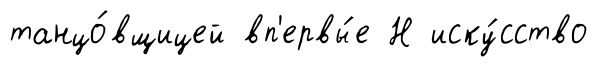
танцо́вщицей вп'ервы́е Н иску́сство